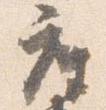
座